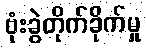
ဗုံးခွဲတိုက်ခိုက်မှု